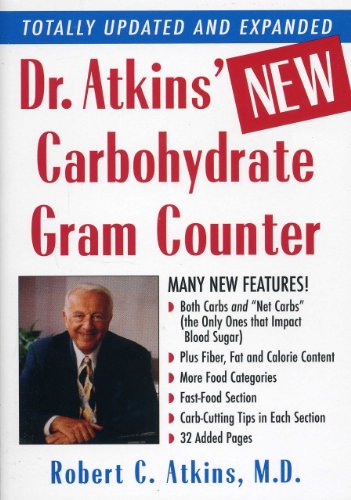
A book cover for Dr. Atkins' New Carbohydrate Gram Counter; M.D., Robert C. Atkins; Health, Fitness & Dieting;